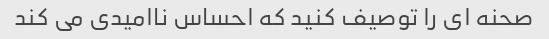
صحنه ای را توصیف کنید که احساس ناامیدی می کند